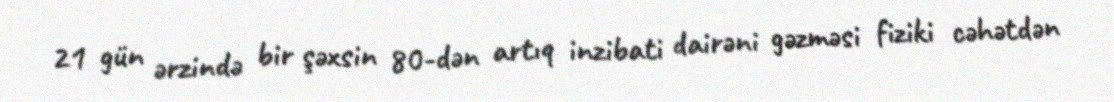
21 gün ərzində bir şəxsin 80-dən artıq inzibati dairəni gəzməsi fiziki cəhətdən